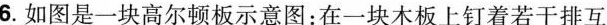
6.如图是一块高尔顿板示意图：在一块木板上钉着若干排互